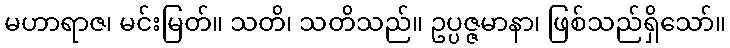
မဟာရာဇ၊ မင်းမြတ်။ သတိ၊ သတိသည်။ ဥပ္ပဇ္ဇမာနာ၊ ဖြစ်သည်ရှိသော်။